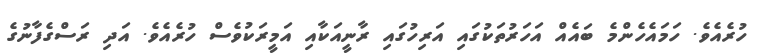
ހުރެއެވެ. ހަމައެހެންމެ ބައެއް އަހަރުތަކުގައި އަރިހުގައި ރާނީއަކާއި އަމީރަކުވެސް ހުރެއެވެ. އަދި ރަސްގެފާނުގެ